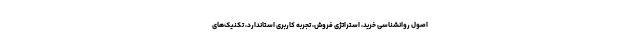
اصول روانشناسی خرید، استراتژی فروش، تجربه کاربری استاندارد، تکنیک‌های